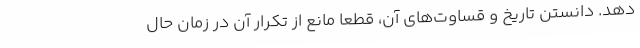
دهد. دانستن تاریخ و قساوت‌های آن، قطعا مانع از تکرار آن در زمان حال